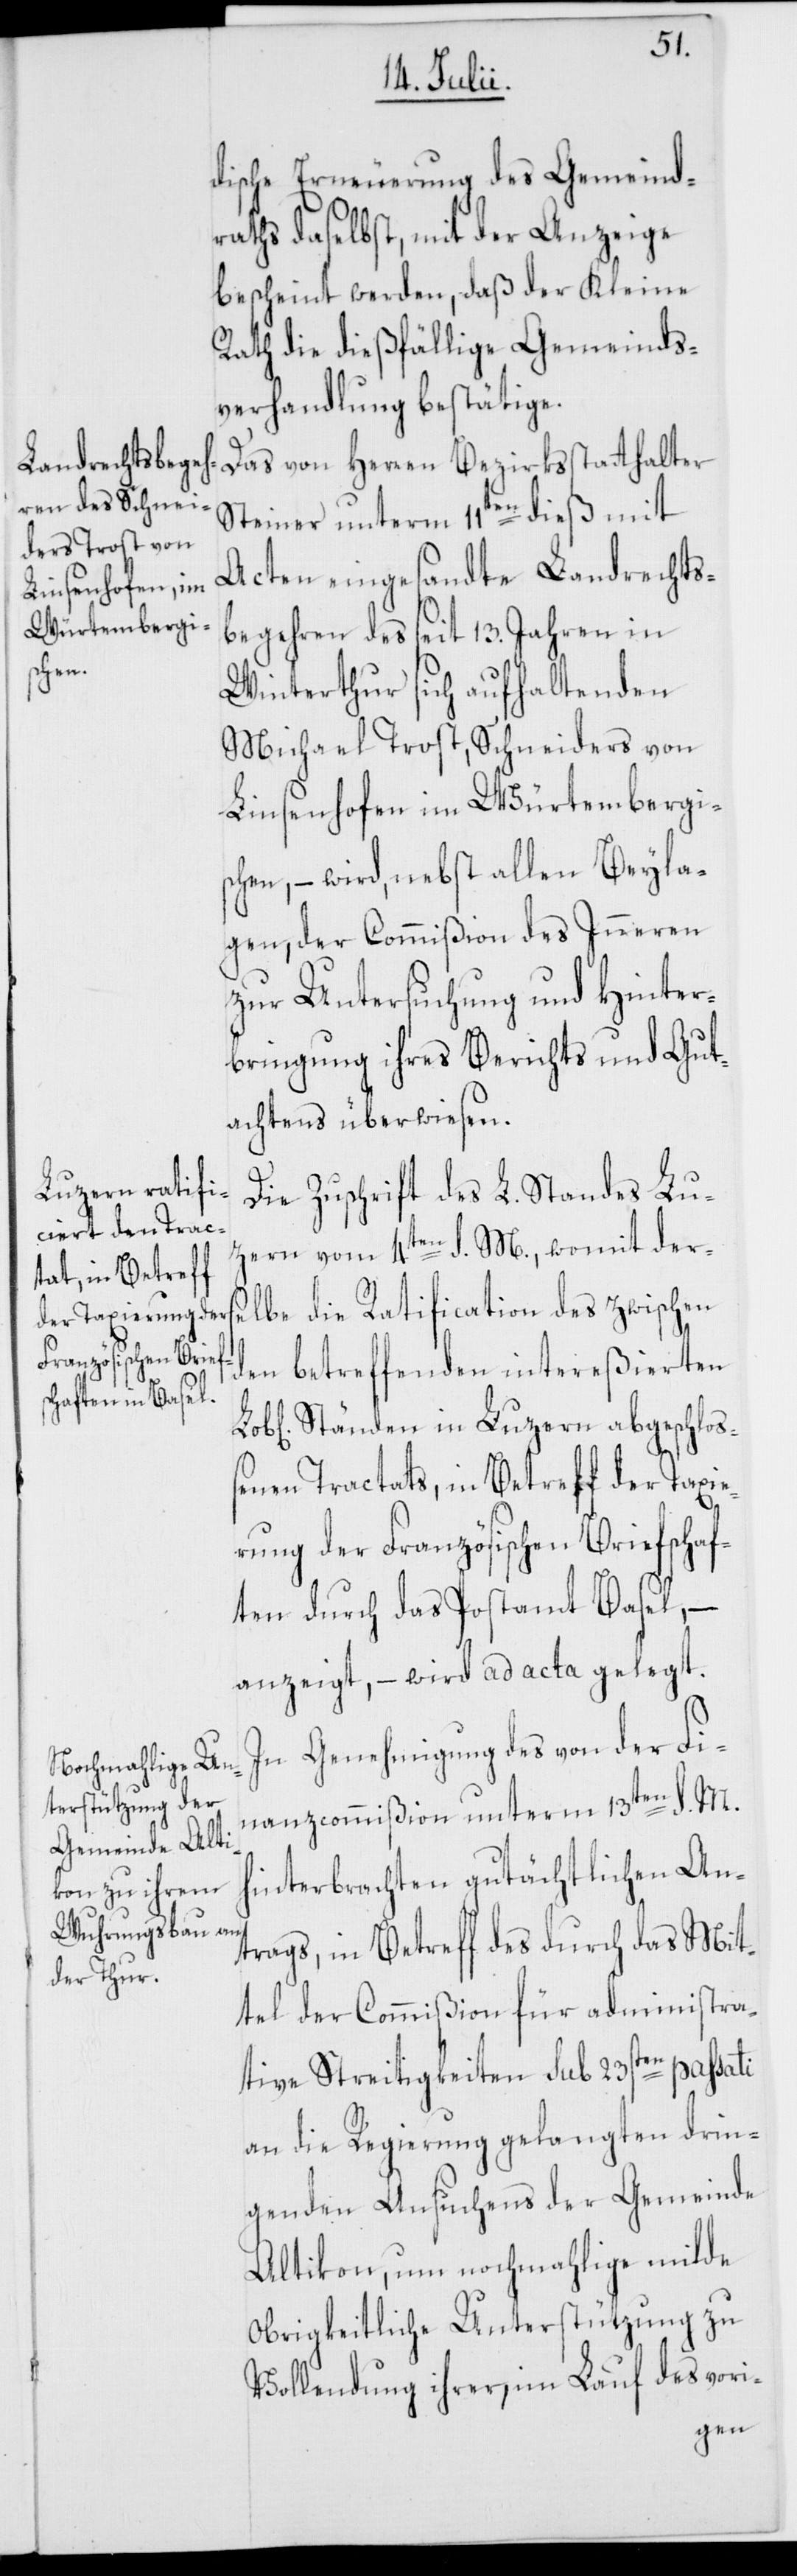
dische Erneuerung des Gemeind¬
raths daselbst, mit der Anzeige
bescheint werden, daß der Kleine
Rath die dießfällige Gemeinds¬
verhandlung bestätige.
Das von Herren Bezirksstatthalter
Steiner unterm 11ten dieß mit
Acten eingesandte Landrechts¬
begehren des seit 13. Jahren in
Winterthur sich aufhaltenden
Michael Trost, Schneiders von
Linsenhofen im Würtembergi¬
schen, – wird, nebst allen Beylaa¬
gen, der Commißion des Inneren
zur Untersuchung und Hinter¬
bringung ihres Berichts und Gut¬
achtens überwiesen.
Die Zuschrift des L. Standes Lu¬
zern vom 4ten d. M., womit ders¬
elbe die Ratification des zwischen
den betreffenden intereßierten
Ständen in Luzern abgeschlo¬
ßenen Tractats, in Betreff der Taxie¬
rung der Französischen Briefschaf¬
ten durch das Postamt Basel, –
anzeigt, – wird ad acta gelegt.
In Genehmigung des von der Fi¬
nanzcommißion unterm 13ten d. M.
hinterbrachten gutächtlichen An¬
trags, in Betreff des durch das Mit¬
tel der Commißion für administra¬
tive Streitigkeiten sub 23sten passati
an die Regierung gelangten drin¬
genden Ansuchens der Gemeinde
Altikon, um nochmahlige milde
Obrigkeitliche Unterstützung zu
Vollendung ihrer, im Lauf des vori-